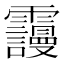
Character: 𲊒